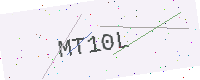
Text: MT10L